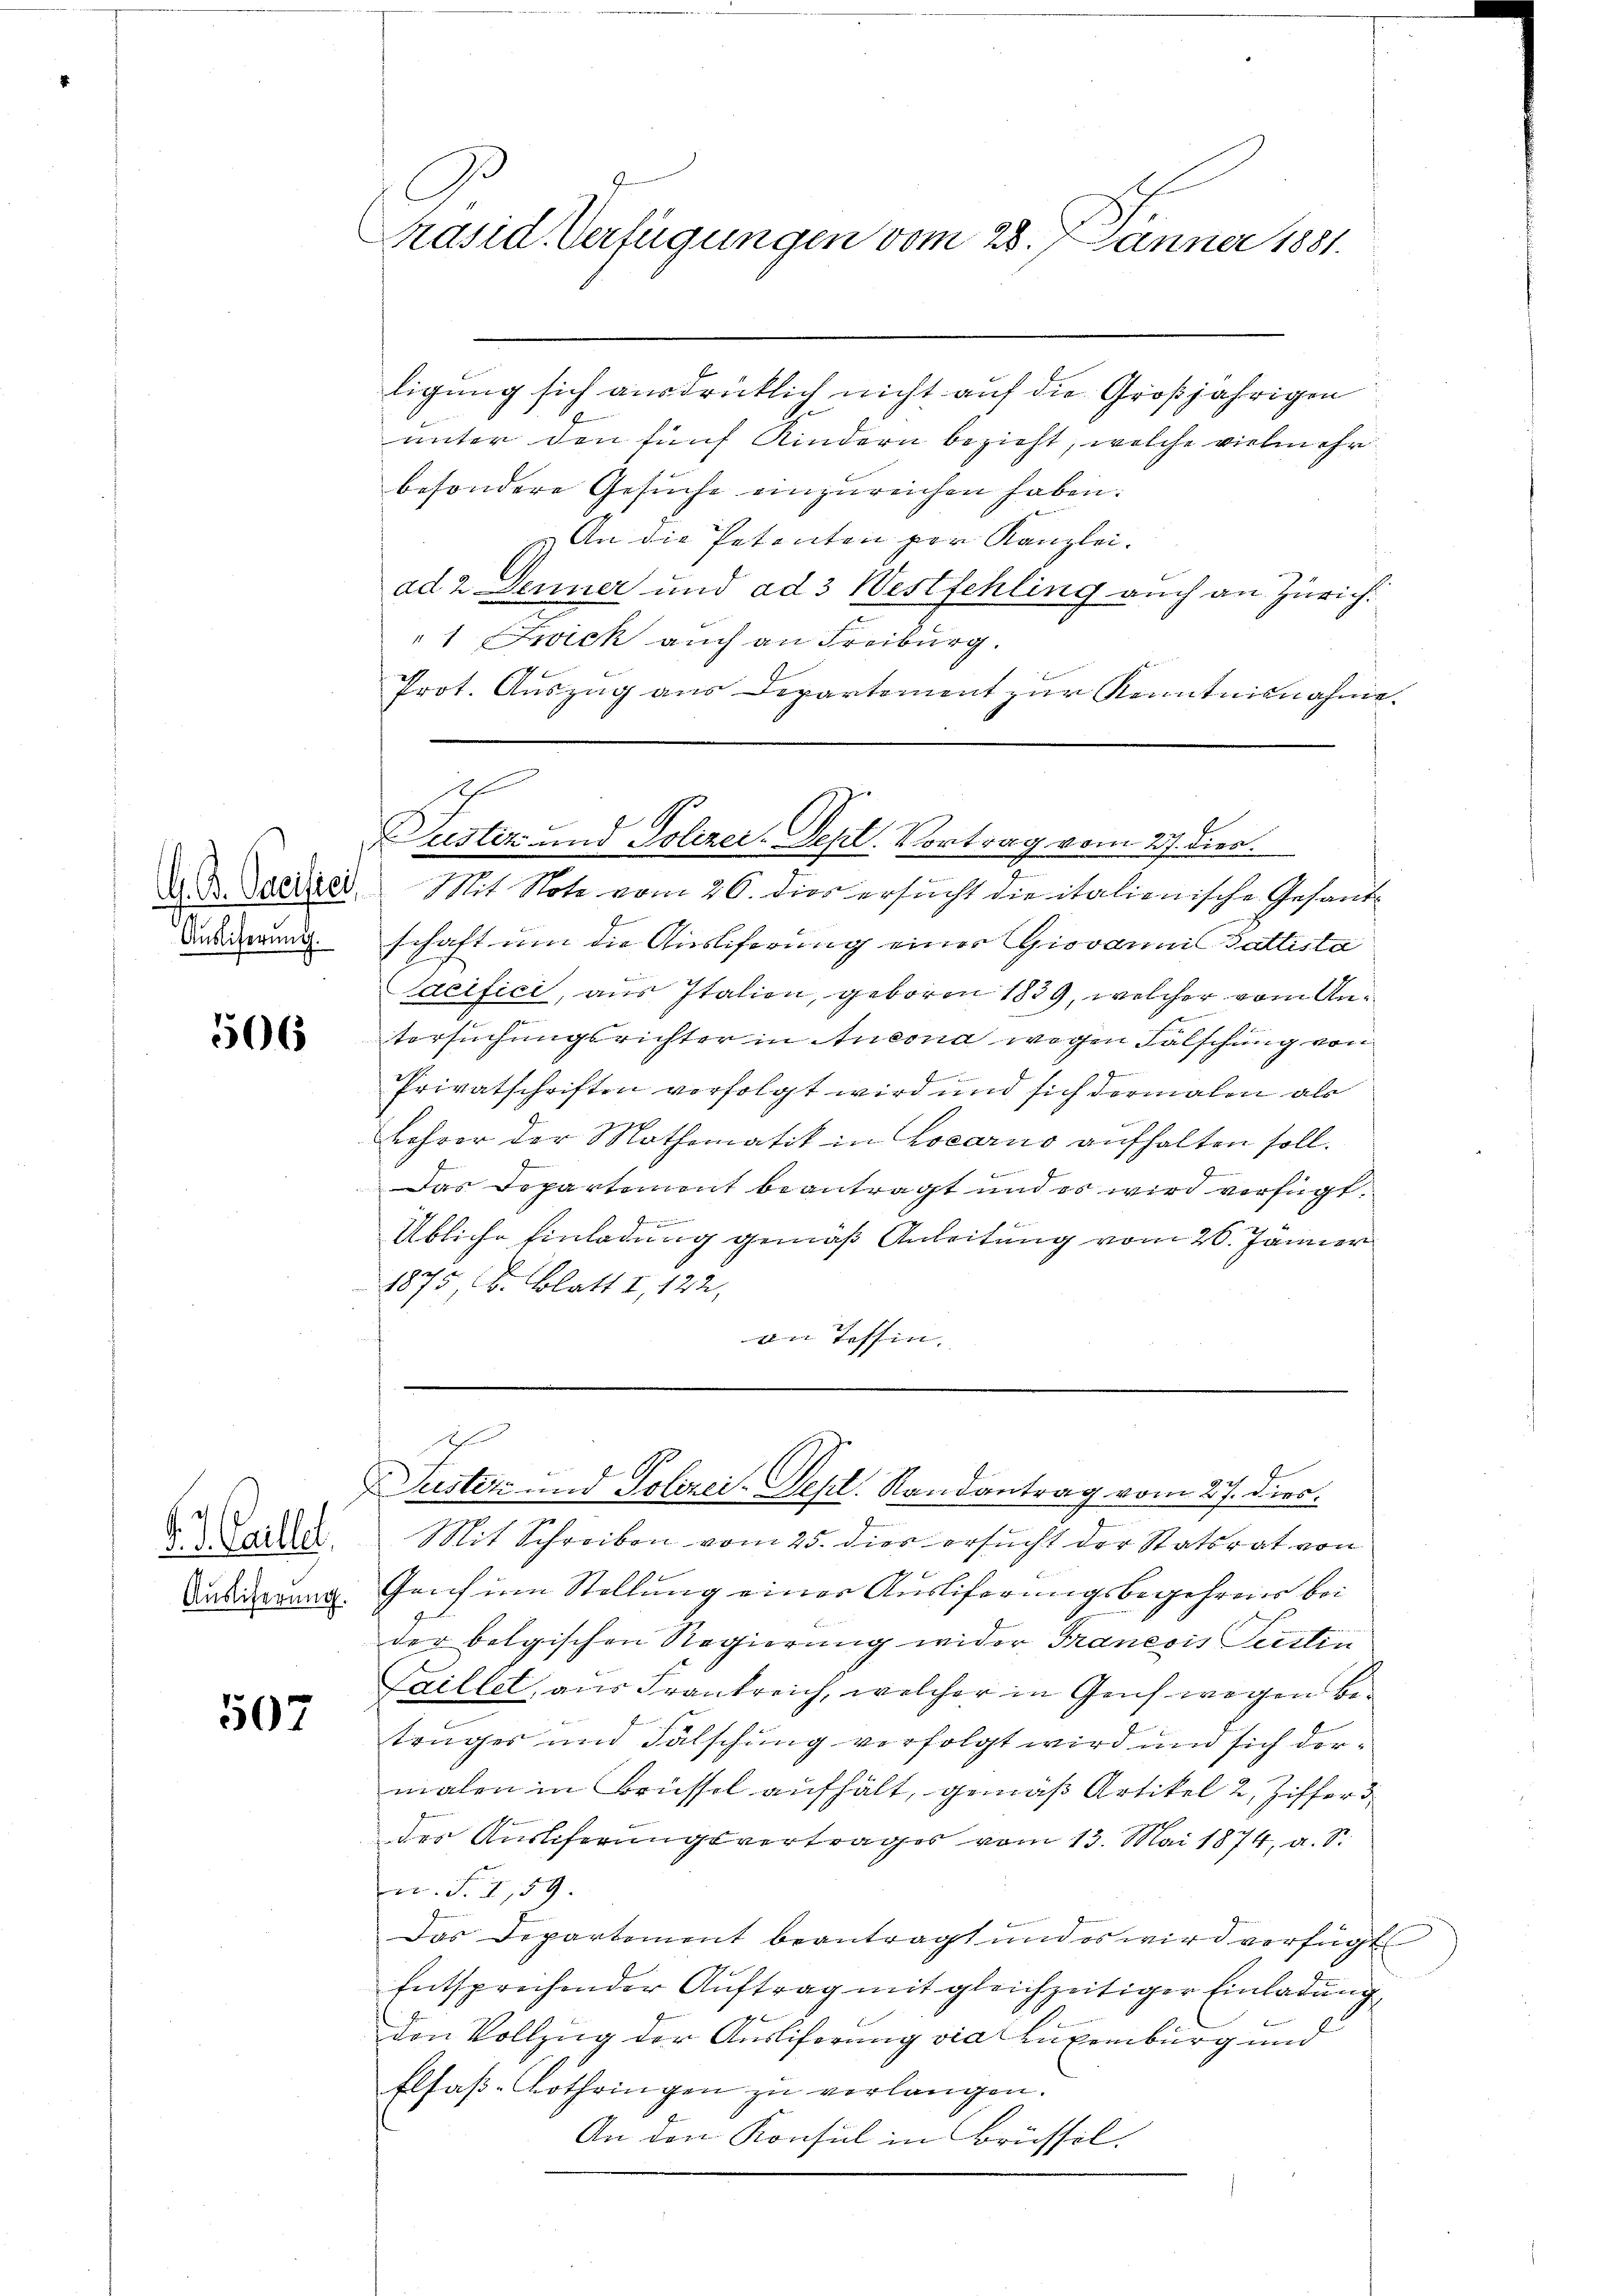
Auslieferung.

506

d. J. Colle.
Auslieferung.

507

Präsid. Verfügungen vom 28. 7. Jänner 1881.

ligung sich ausdrücklich nicht auf die Großjährigen
unter den fünf Kindern bezieht, welche vielmehr
besondere Gesŭche einzŭreichen haben.
An die Petenten per Kanzlei.
ad 2. Denner und ad 3 Westfehling auch an Zürich.
1 Frick auch an Freiburg.
Prot. Auszug aus Departement zur Kenntnisnahme.
schaft um die Auslieferung einer Giovannis Gattista
acifici, aus Italien, geboren 1839, welcher vom Antersuchungsrichter in Ansona wegen Falschung von
4
Privatschriften verfolgt wird und sich dermalen als
1
Lehrer der Mathematik in Locarno aufhalten soll.
A
Das Departement beantragt und es wird verfügt.
i
Übliche Einladung gemäß Anleitung vom 26. Jänner
1875, C. Blatt I 122,
an Tessin.

Ih
Justiz und Polizei-Dept. Vortrag vom 27. dies
e
D. Seiner Mit Note vom 26. dies ersucht die italienische Gesand¬

h
Justiz und Polizei-Dept. Randantrag vom 27. dies

Mit Schreiben vom 25. dies ersucht der Statsrat von
Genf in Stellung einer Ausliferungsbegehrens bei
der belgischen Regierung wider Franesis Secetin
Faillet, aus Frankreich, welcher in Genf wegen beträger und Fälschung verfolgt wird und sich dermalen in Brüssel aufhält, gemäß Artikel 2, Ziffer d
der Auslieferungsvertrages vom 13. Mai 1874, a. S.
u. S. I, 59.
Das Departement beantragt und es wird verfügt
Entsprochender Auftrag mit gleichzeitiger Einladung
den Vollzug der Ausliferung via Luxenburg und
Elfaß-Lothringen zu verlangen.
An den Konsul in Brüssel.